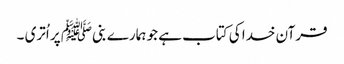
قرآن خدا کی کتاب ہے جو ہمارے بنیﷺ پر اُتری ۔